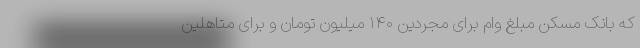
که بانک مسکن مبلغ وام برای مجردین ۱۴۰ میلیون تومان و برای متاهلین